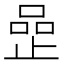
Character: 𠹜